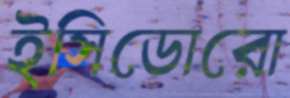
ইসিডোরো